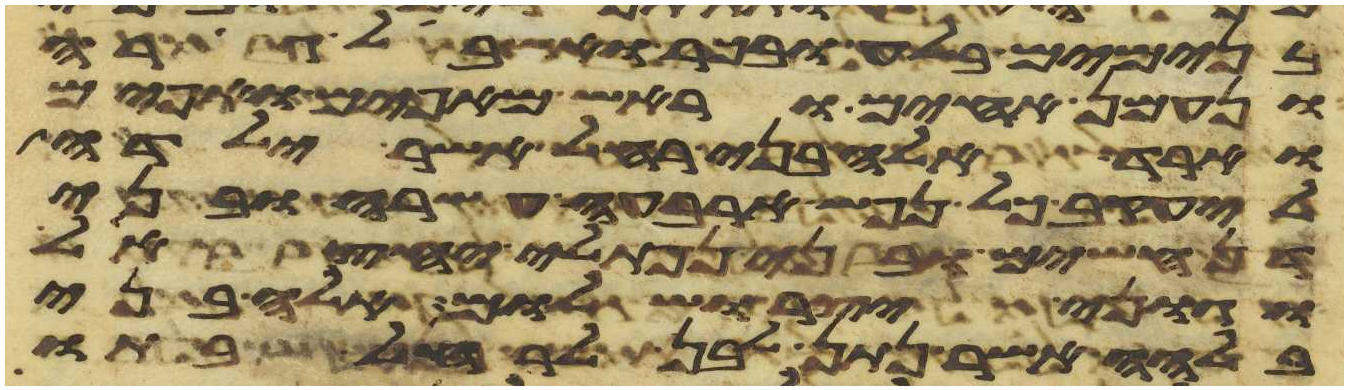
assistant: בנימים בלע ובכר ואשבאל גרה
ונעמן אחים וראש מאפים ואפים
וארד אלה בני רחל אשר ילדה
ליעקב כל נפש ארבע עשרה ובני
דן חשים ובני נפתלי יחצאל
וגוני יצר ושלום אלה בני
בלהה אשר נתן לבן לרחל בתו